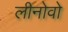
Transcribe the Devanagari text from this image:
लीनोवो